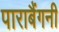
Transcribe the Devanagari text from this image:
पाराबैंगनी